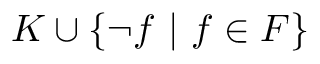
K \cup \{ \neg f ~ | ~ f \in F \}